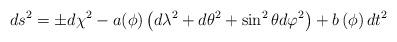
LaTeX: \begin{align*}ds^{2}=\pm d\chi ^{2}-a(\phi )\left( d\lambda ^{2}+d\theta ^{2}+\sin^{2}\theta d\varphi ^{2}\right) +b\left( \phi \right) dt^{2} \end{align*}